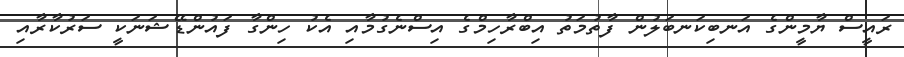
ރައީސް ޔާމީންގެ އަނބިކަނބަލުން ފާތުމަތު އިބްރާހިމްގެ އިސްނެގުމާއި އެކު ހިންގާ ފައުންޑޭޝަނަކީ ސަރުކާރާއި